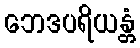
ဘေဒပရိယန္တံ